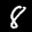
Label: 8